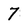
Character: 7